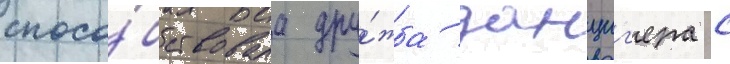
спосо́бствовала дру́жба данциг'ера с